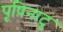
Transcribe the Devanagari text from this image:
पूष़िनाटु